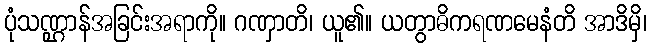
ပုံသဏ္ဌာန်အခြင်းအရာကို။ ဂဏှာတိ၊ ယူ၏။ ယတွာဓိကရဏမေနံတိ အာဒိမှိ၊